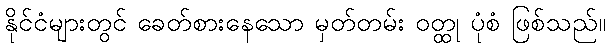
နိုင်ငံများတွင် ခေတ်စားနေသော မှတ်တမ်း ဝတ္ထု ပုံစံ ဖြစ်သည်။